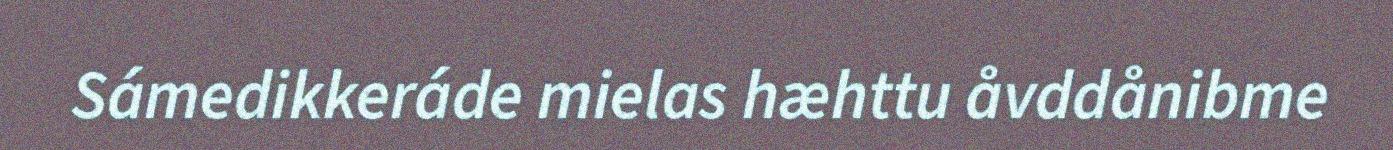
Sámedikkeráde mielas hæhttu åvddånibme